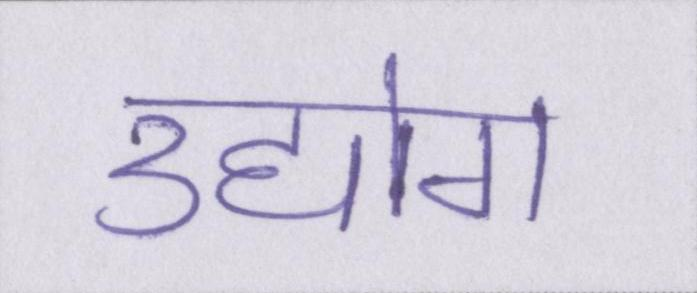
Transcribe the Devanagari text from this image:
उद्योग